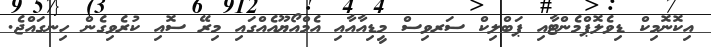
އިކޮނޮމިކް ޑިވެލޮޕްމެންޓާއި ޕަބްލިކް ސަރވިސް މީޑިއާއާއި އެމްއޯޔޫއެއްގައި މިރޭ ސޮއި ކުރެވިގެން ހިނގައްޖެ.